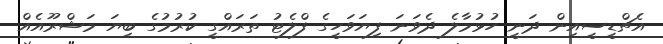
އެޗްޑީސީއިން ދަނީ ހުޅުމާލެ ދެވަނަ ފިޔަވަހީގެ ފްލެޓު ތަރައްގީ ކުރުމުގެ ބިޔަ މަޝްރޫއެއް